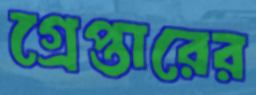
গ্রেপ্তারের